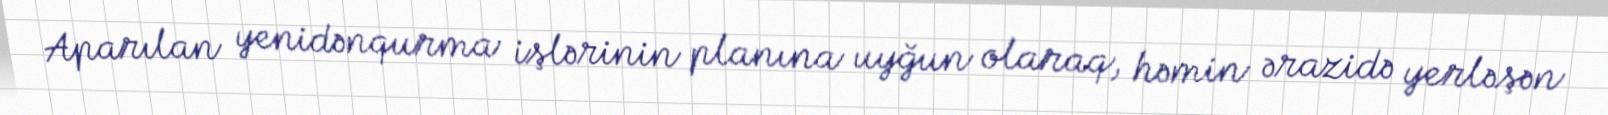
Aparılan yenidənqurma işlərinin planına uyğun olaraq, həmin ərazidə yerləşən